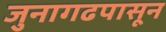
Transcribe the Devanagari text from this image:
जुनागढपासून